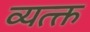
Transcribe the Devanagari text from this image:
व्यत्क्त